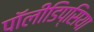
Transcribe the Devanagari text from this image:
पॉलीडिप्सिया